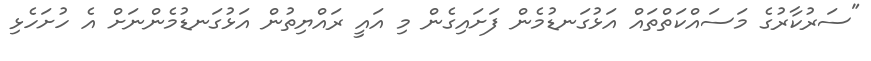
"ސަރުކާރުގެ މަސައްކަތްތައް އަޅުގަނޑުމެން ފަށައިގެން މި އައީ ރައްޔިތުން އަޅުގަނޑުމެންނަށް އެ ހުށަހެޅި